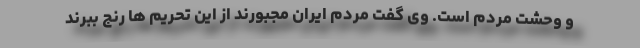
و وحشت مردم است. وی گفت مردم ایران مجبورند از این تحریم ها رنج ببرند